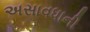
અસાવધાની